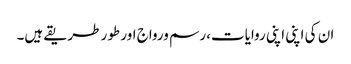
ان کی اپنی اپنی روایات،رسم ورواج اور طور طریقے ہیں۔